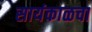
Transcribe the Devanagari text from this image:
सायंकाळचा